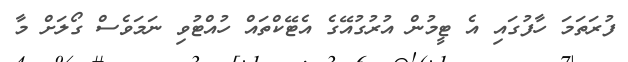
ފުރަތަމަ ހާފުގައި އެ ޓީމުން އުރުގުއޭގެ އެޓޭކްތައް ހުއްޓުވި ނަމަވެސް ގޯލަށް މާ